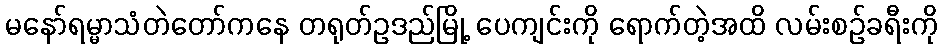
မနော်ရမ္မာသံတဲတော်ကနေ တရုတ်ဥဒည်မြို့ ပေကျင်းကို ရောက်တဲ့အထိ လမ်းစဉ်ခရီးကို